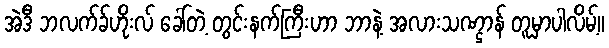
အဲဒီ ဘလက်ခ်ဟိုးလ် ခေါ်တဲ့ တွင်းနက်ကြီးဟာ ဘာနဲ့ အလားသဏ္ဌာန် တူမှာပါလိမ့်။